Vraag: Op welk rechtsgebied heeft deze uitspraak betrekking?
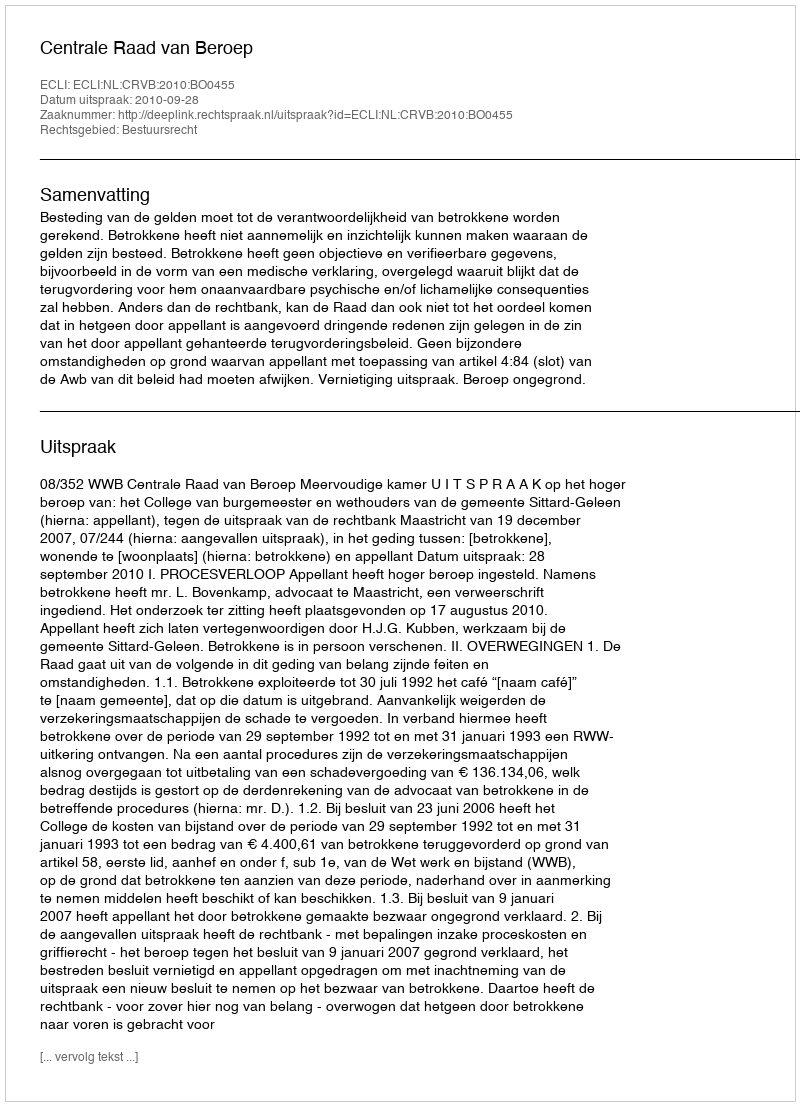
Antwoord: Bestuursrecht